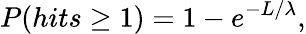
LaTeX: P(hits\geq 1)=1-e^{-L/\lambda},